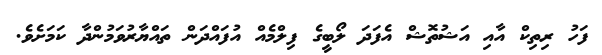
ފަހު ރިތިކް އާއި އަޝުތޮޝް އެފަދަ ލޯބީގެ ފިލްމެއް އުފައްދަން ތައްޔާރުވަމުންދާ ކަމަށެވެ.